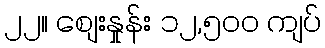
၂၂။ စျေးနှုန်း ၁၂,၅၀၀ ကျပ်